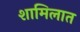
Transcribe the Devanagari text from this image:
शामिलात